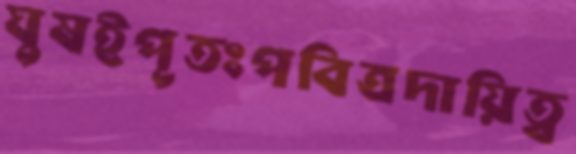
ঘুষইপূতঃপবিত্রদায়িত্ব